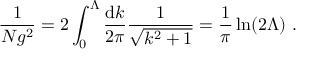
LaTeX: \frac { 1 } { N g ^ { 2 } } = 2 \int _ { 0 } ^ { \Lambda } \frac { \mathrm { d } k } { 2 \pi } \frac { 1 } { \sqrt { k ^ { 2 } + 1 } } = \frac { 1 } { \pi } \ln ( 2 \Lambda ) \ .